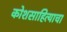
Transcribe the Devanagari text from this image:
कोशसाहित्याचा